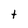
Character: t